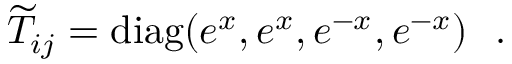
{ \widetilde T } _ { i j } = \mathrm { d i a g } ( e ^ { x } , e ^ { x } , e ^ { - x } , e ^ { - x } ) ~ ~ .